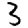
Digit: 3